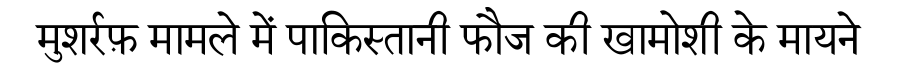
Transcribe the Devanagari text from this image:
मुशर्रफ़ मामले में पाकिस्तानी फौज की खामोशी के मायने